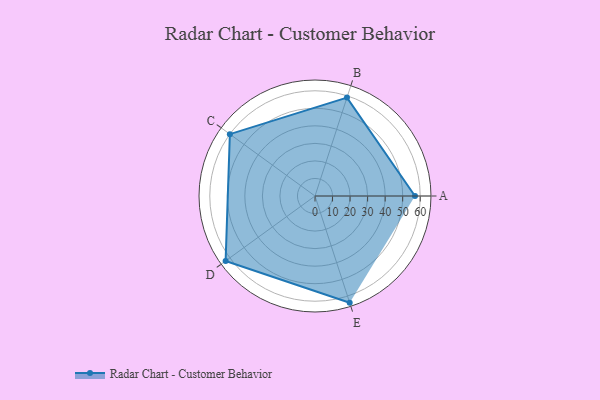
{"axis": {"x": "Skill", "y": "Score"}, "legend": ["Profile"], "data": [{"x": "A", "y": 57.0, "type": "Profile"}, {"x": "B", "y": 59.0, "type": "Profile"}, {"x": "C", "y": 60.0, "type": "Profile"}, {"x": "D", "y": 63.0, "type": "Profile"}, {"x": "E", "y": 64.0, "type": "Profile"}]}